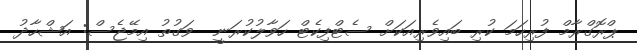
ޕްރޮގްރާމް ފުރިހަމަ ކުރި ބައިވެރިއަކަށް ސެޓްފިކެޓް ހަވާލުކުރަނީ  ވަގުތު އިމޭޖެސް: އަޝްހާދު